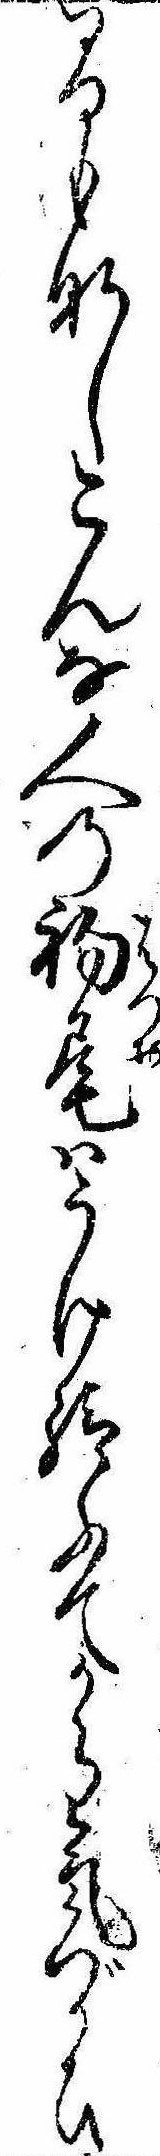
間もなしこんな人の初尾はうけ給ふてから気づかひ